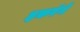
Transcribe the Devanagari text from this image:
इकरंगे